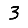
Digit: 3